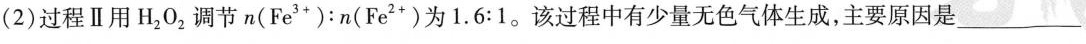
(2)过程Ⅱ用H202调节n(Fe3+)：n(Fe2+)为1.6:1。该过程中有少量无色气体生成，主要原因是_______________。